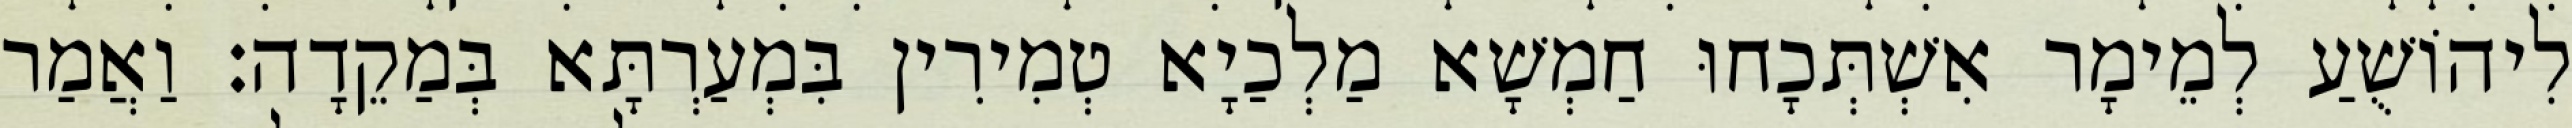
לִיהוֹשֻׁעַ לְמֵימָר אִשְׁתְּכָחוּ חַמְשָׁא מַלְכַיָא טְמִירִין בִּמְעַרְתָּא בְּמַקֵדָה׃ וַאֲמַר